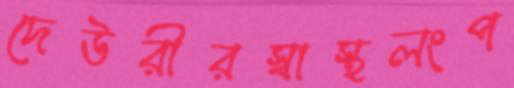
দেউরীরস্বাস্থলংপ